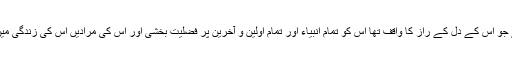
اس لئے خدا نے جو اس کے دل کے راز کا واقف تھا اس کو تمام انبیاء اور تمام اولین و آخرین پر فضلیت بخشی اور اس کی مرادیں اس کی زندگی میں اس کو دیں ‘‘۔